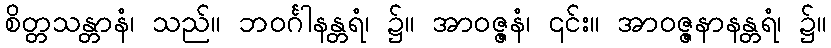
စိတ္တသန္တာနံ၊ သည်။ ဘဝင်္ဂါနန္တရံ၊ ၌။ အာဝဇ္ဇနံ၊ ၎င်း။ အာဝဇ္ဇနာနန္တရံ၊ ၌။